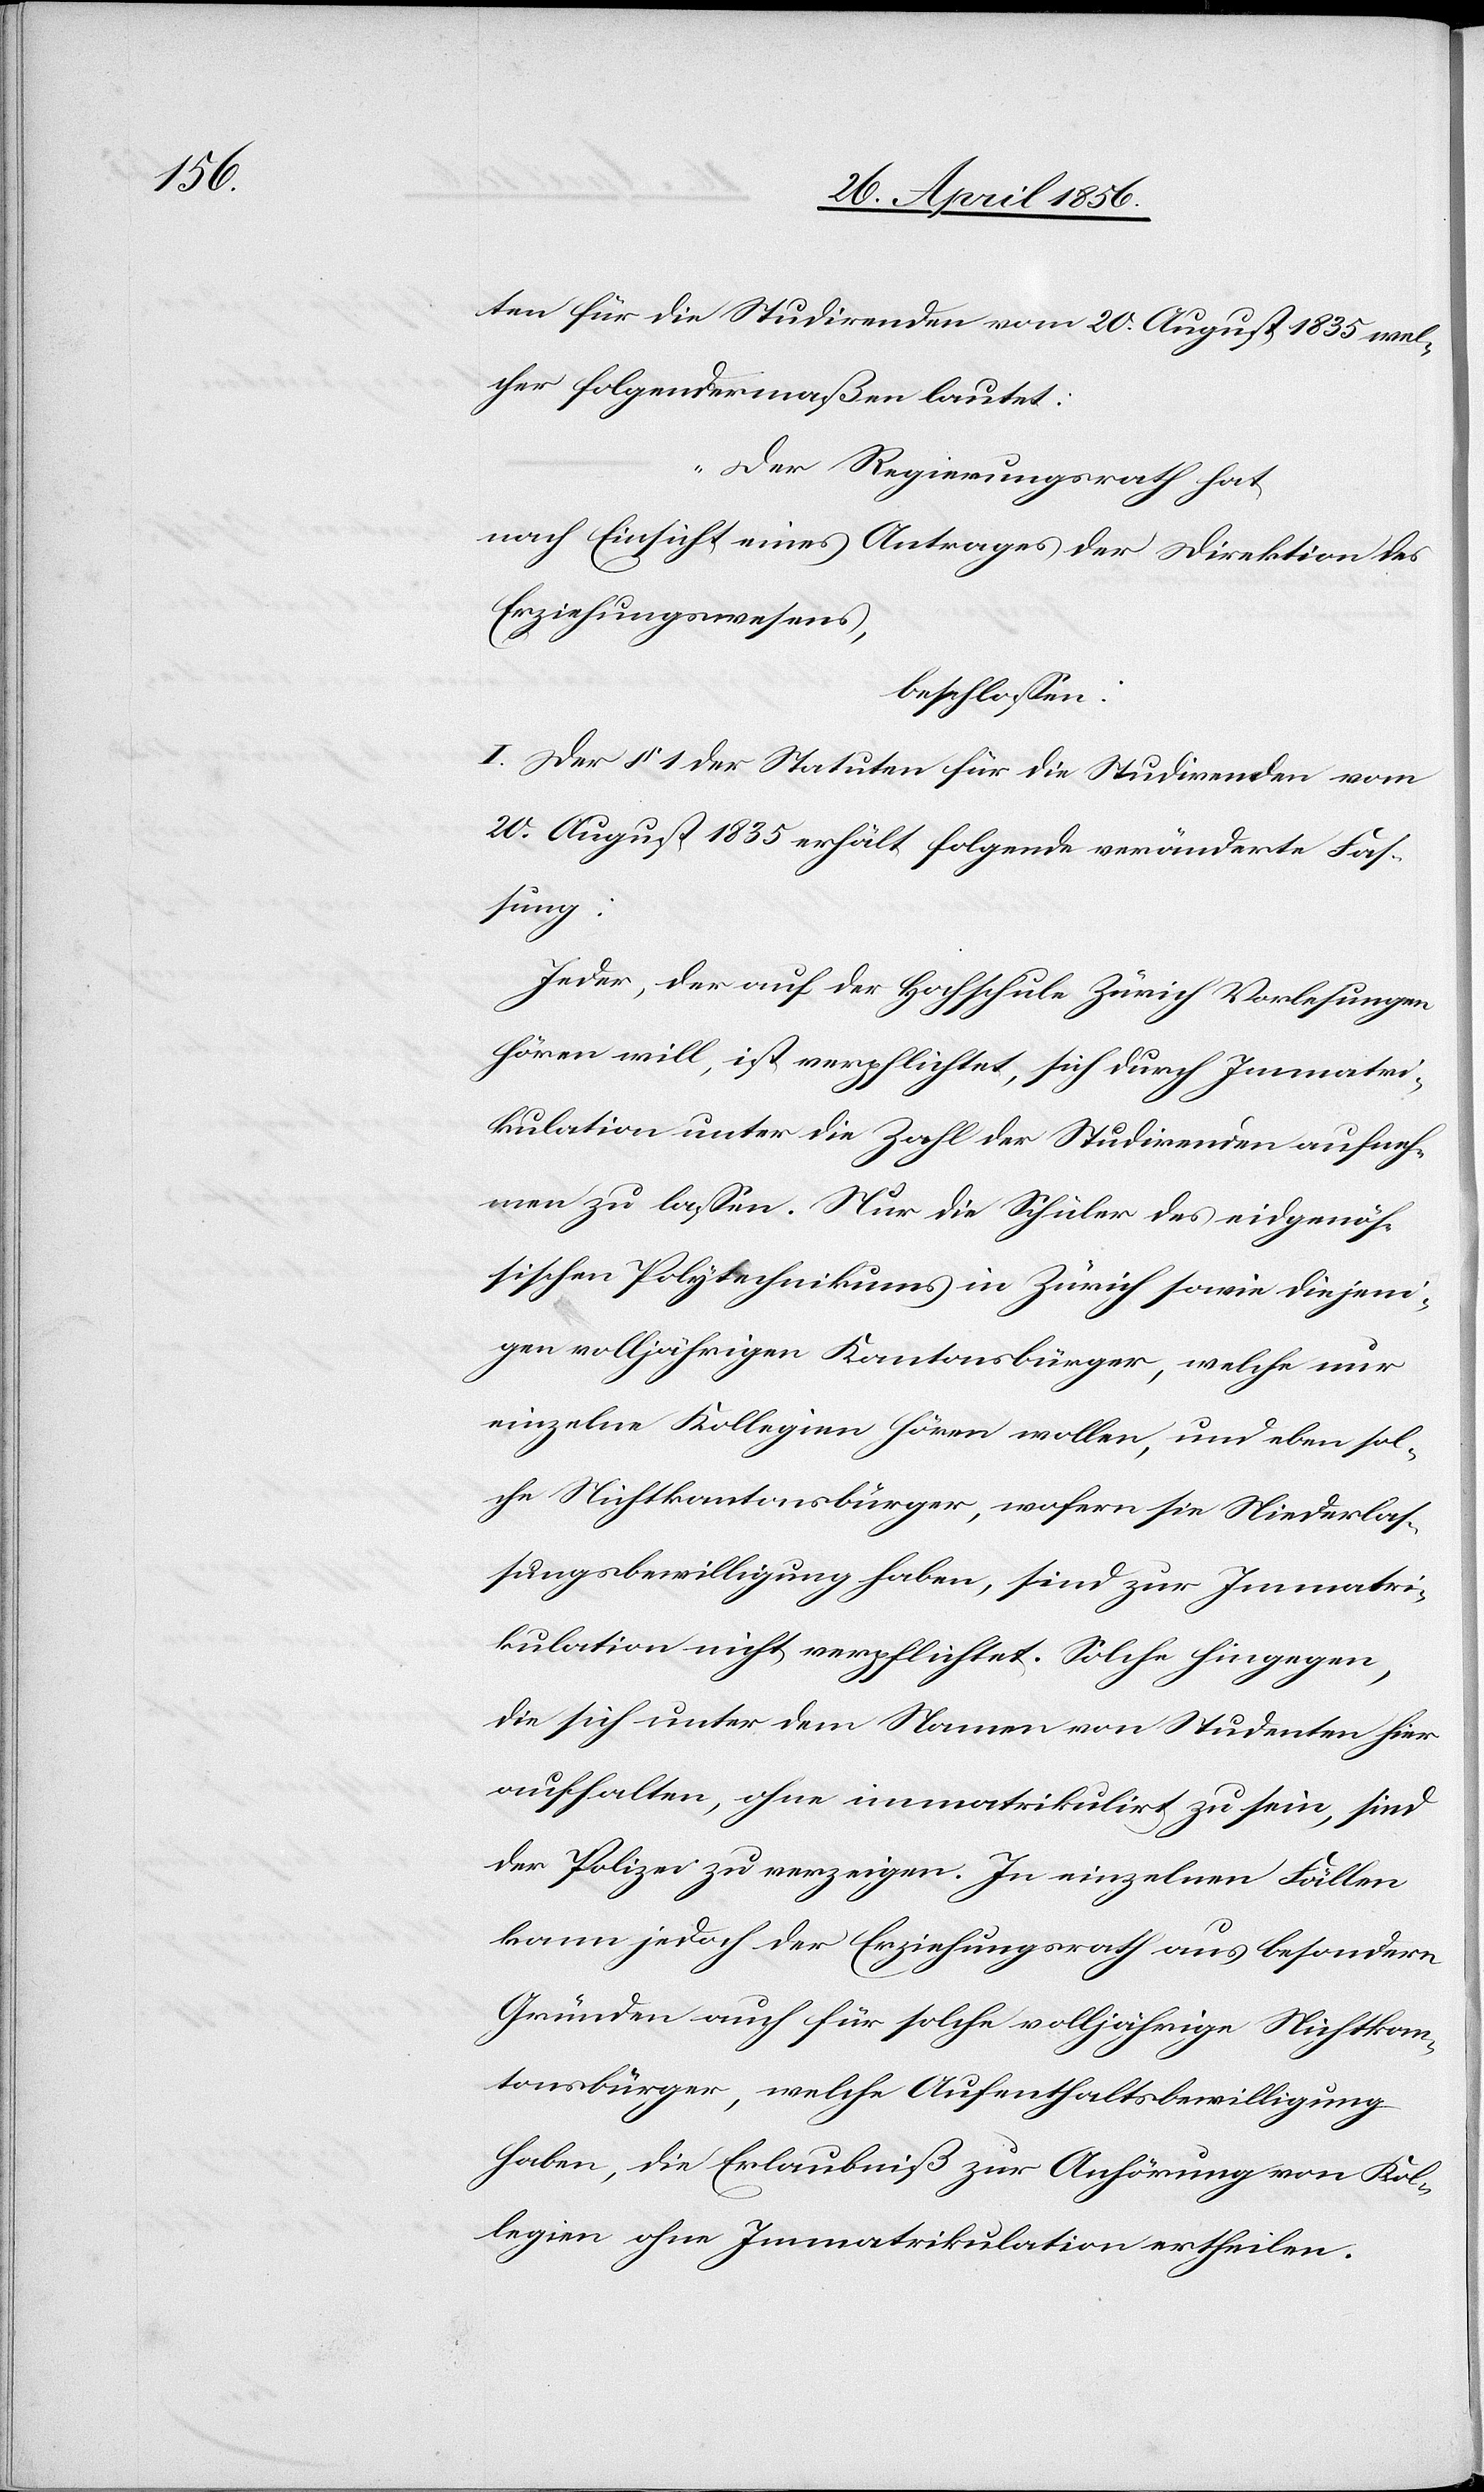
ten für die Studirenden vom 20. August 1835 wel¬
cher folgendermaßen lautet:
„Der Regierungsrath hat,
nach Einsicht eines Antrages der Direktion des
Erziehungswesens,
beschlossen:
I. Der § 1 der Statuten für die Studirenden vom
20. August 1835 erhält folgende veränderte Fas¬
sung:
Jeder, der auf der Hochschule Zürich Vorlesungen
hören will, ist verpflichtet, sich durch Immatri¬
kulation unter die Zahl der Studirenden aufneh¬
men zu lassen. Nur die Schüler des eidgenös¬
sischen Polytechnikums in Zürich sowie diejeni¬
gen volljährigen Kantonsbürger, welche nur
einzelne Kollegien hören wollen, und eben sol¬
che Nichtkantonsbürger, wofern sie Niederlas¬
sungsbewilligung haben, sind zur Immatri¬
kulation nicht verpflichtet. Solche hingegen,
die sich unter dem Namen von Studenten hier
aufhalten, ohne immatrikulirt zu sein, sind
der Polizei zu verzeigen. In einzelnen Fällen
kann jedoch der Erziehungsrath aus besondern
Gründen auch für solche volljährige Nichtkan¬
tonsbürger, welche Aufenthaltsbewilligung
haben, die Erlaubniß zur Anhörung von Kol¬
legien ohne Immatrikulation ertheilen.